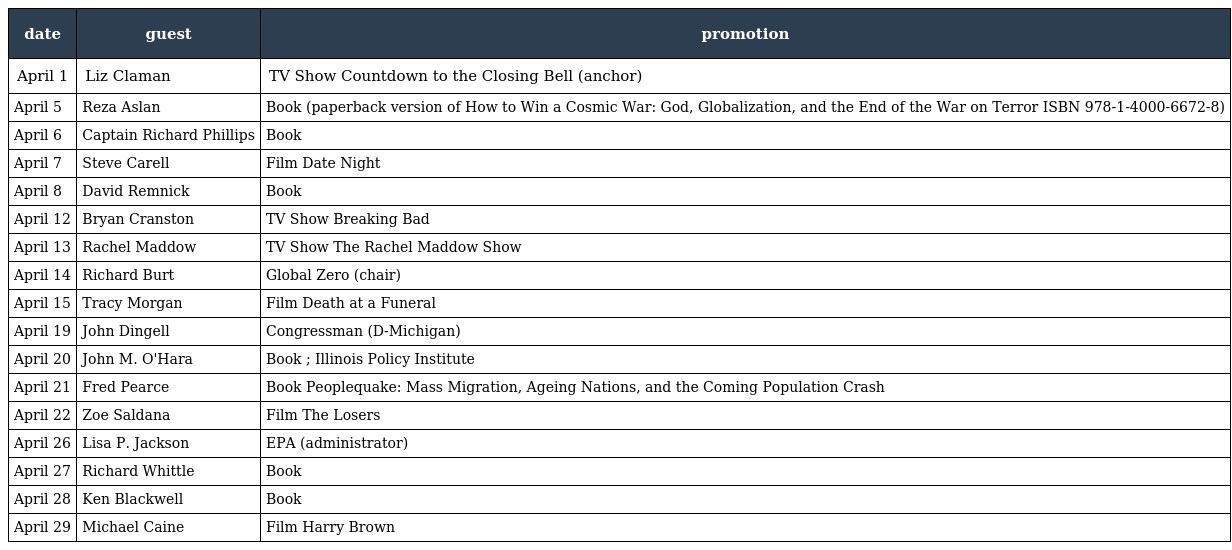
| date | guest | promotion |
 | --- | --- | --- |
 | April 1 | Liz Claman | TV Show Countdown to the Closing Bell (anchor) |
 | April 5 | Reza Aslan | Book (paperback version of How to Win a Cosmic War: God, Globalization, and the End of the War on Terror ISBN 978-1-4000-6672-8) |
 | April 6 | Captain Richard Phillips | Book |
 | April 7 | Steve Carell | Film Date Night |
 | April 8 | David Remnick | Book |
 | April 12 | Bryan Cranston | TV Show Breaking Bad |
 | April 13 | Rachel Maddow | TV Show The Rachel Maddow Show |
 | April 14 | Richard Burt | Global Zero (chair) |
 | April 15 | Tracy Morgan | Film Death at a Funeral |
 | April 19 | John Dingell | Congressman (D-Michigan) |
 | April 20 | John M. O'Hara | Book ; Illinois Policy Institute |
 | April 21 | Fred Pearce | Book Peoplequake: Mass Migration, Ageing Nations, and the Coming Population Crash |
 | April 22 | Zoe Saldana | Film The Losers |
 | April 26 | Lisa P. Jackson | EPA (administrator) |
 | April 27 | Richard Whittle | Book |
 | April 28 | Ken Blackwell | Book |
 | April 29 | Michael Caine | Film Harry Brown |